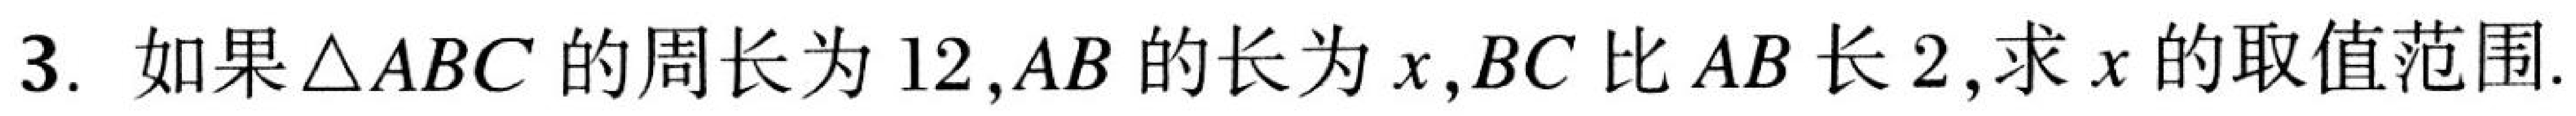
3. 如果\(\triangle ABC\)的周长为\(12\)，\(AB\)的长为\(x\)，\(BC\)比\(AB\)长\(2\)，求\(x\)的取值范围.